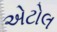
એટોલ